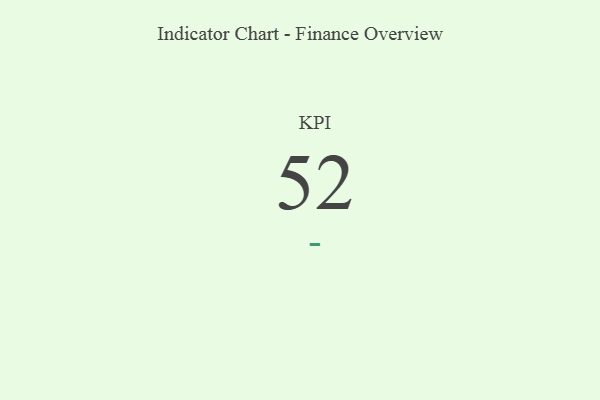
{"axis": {"x": "KPI", "y": "Value"}, "legend": [""], "data": [{"x": "KPI", "y": 52, "type": ""}]}